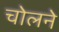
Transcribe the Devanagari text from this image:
चोलने